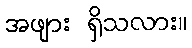
အဖျား ရှိသလား။